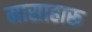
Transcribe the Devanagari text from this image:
मासाहारू